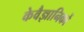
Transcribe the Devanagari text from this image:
केवैज्ञानिकों